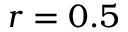
r = 0 . 5